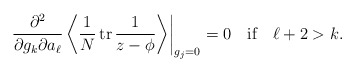
\begin{align*}\left.\frac{\partial^2}{\partial g_k \partial a_\ell}\left\langle \frac1N\,{\rm tr}\,\frac{1}{z-\phi}\right\rangle\right|_{g_j=0}=0 \ \ \mbox{ if }\ \ \ell +2 > k.\end{align*}